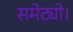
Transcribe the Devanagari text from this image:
समेट्यो।